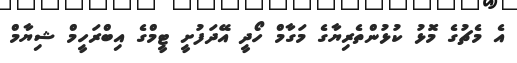
އެ މެޗުގެ މޮޅު ކުޅުންތެރިޔާގެ މަގާމް ހޯދީ އޭދަފުށީ ޓީމްގެ އިބްރަހީމް ޝިޔާމް